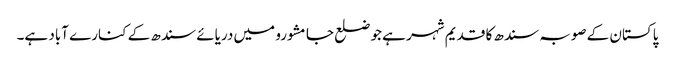
پاکستان کے صوبہ سندھ کا قدیم شہر ہے جو ضلع جامشورو میں دریائے سندھ کے کنارے آباد ہے۔